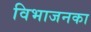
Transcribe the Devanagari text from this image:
विभाजनका